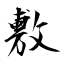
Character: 敷